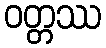
ဝတ္တဿ